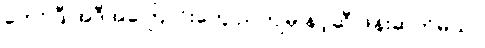
တော်ပြီ အဲဒီအကြောင်းတွေ ညကျမှ နင့်ဆီ ဖုန်းဆက်မယ်။